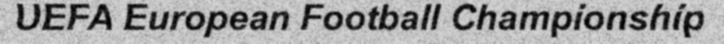
UEFA European Football Championship